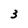
Character: 3